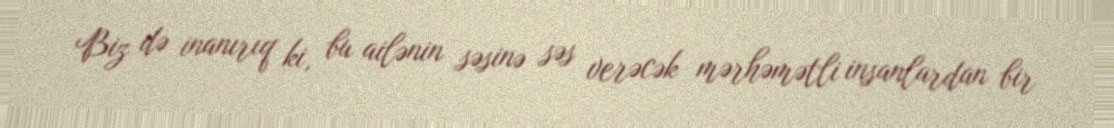
Biz də inanırıq ki, bu ailənin səsinə səs verəcək mərhəmətli insanlardan bir